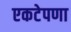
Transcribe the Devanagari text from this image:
एकटेपणा